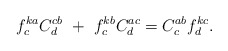
\begin{align*}f^{ka}_cC^{cb}_d~+~f^{kb}_cC^{ac}_d=C^{ab}_cf^{kc}_d.\end{align*}